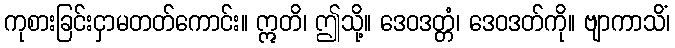
ကုစားခြင်းငှာမတတ်ကောင်း။ ဣတိ၊ ဤသို့။ ဒေဝဒတ္တံ၊ ဒေဝဒတ်ကို။ ဗျာကာသိံ၊